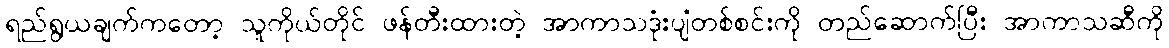
ရည်ရွယချက်ကတော့ သူကိုယ်တိုင် ဖန်တီးထားတဲ့ အာကာသဒုံးပျံတစ်စင်းကို တည်ဆောက်ပြီး အာကာသဆီကို